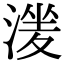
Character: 𣹶